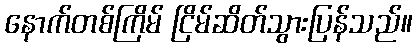
နောက်တစ်ကြိမ် ငြိမ်ဆိတ်သွားပြန်သည်။